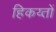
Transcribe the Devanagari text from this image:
हिकय्तों